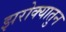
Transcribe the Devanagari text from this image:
झरोक्यातुन